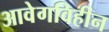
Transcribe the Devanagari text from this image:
आवेगविहीन